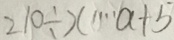
2 1 0 \div x \cdots a + 5